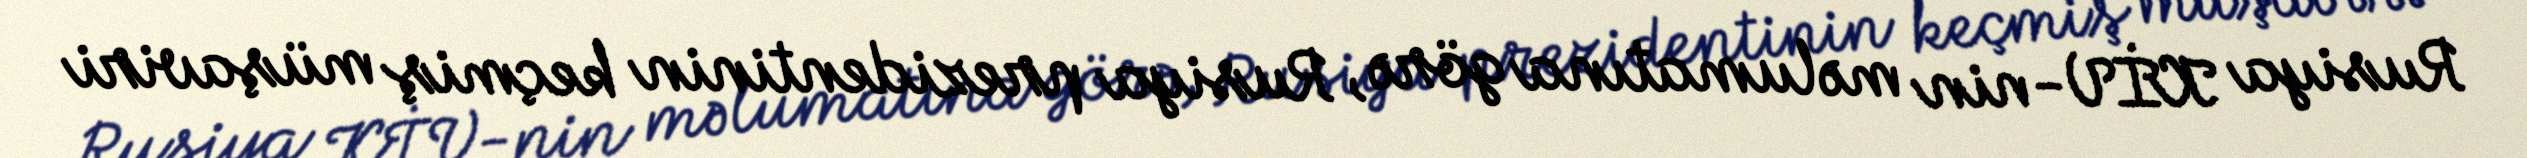
Rusiya KİV-nin məlumatına görə, Rusiya prezidentinin keçmiş müşaviri